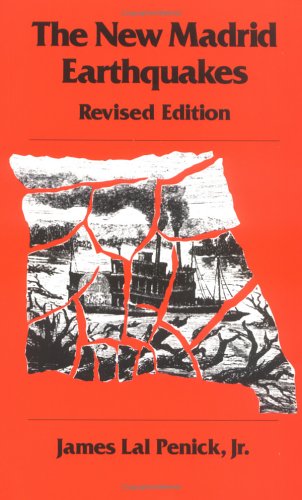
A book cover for The New Madrid Earthquakes, Revised Edition; James Lal Penick Jr.; Science & Math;